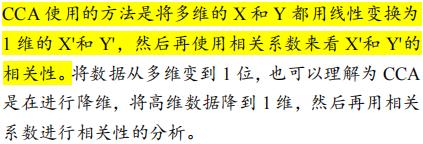
CCA使用的方法是将多维的$X$和$Y$都用线性变换为1维的$X'$和$Y'$，然后再使用相关系数来看$X'$和$Y'$的相关性。将数据从多维变到1位，也可以理解为CCA是在进行降维，将高维数据降到1维，然后再用相关系数进行相关性的分析。